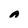
Character: A